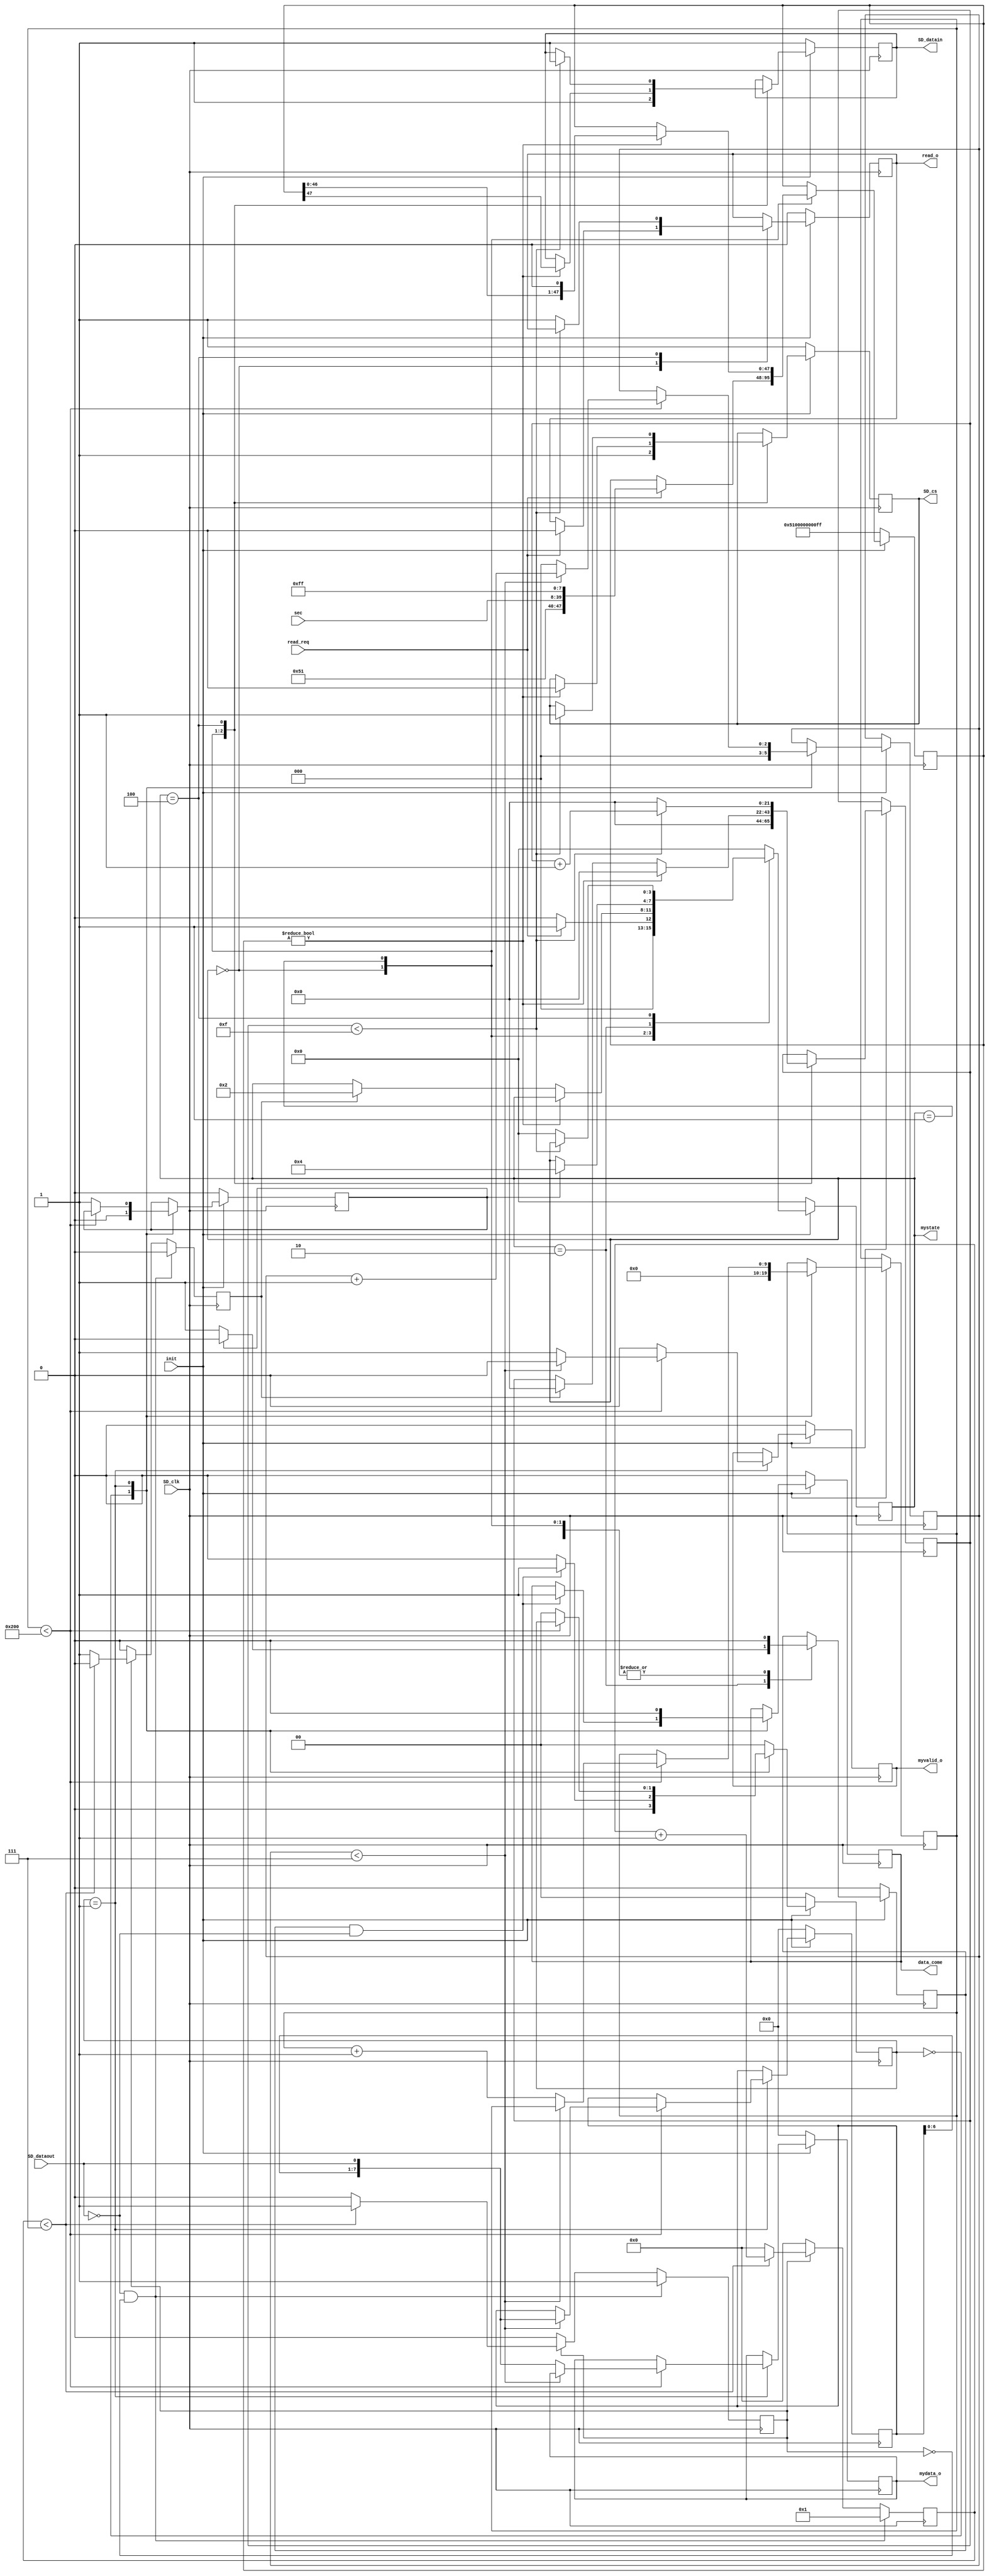
module sd_read(   input SD_clk,
						output reg SD_cs,
						output reg SD_datain,
						input  SD_dataout,
						
						input [31:0] sec,            //SDsecַ
						input read_req,
						output reg [7:0]mydata_o,
						output reg myvalid_o,
						output reg data_come,
						
						input init,
						
						output reg [3:0] mystate,
						output reg read_o
						
						
    );
	 

reg [7:0] rx;
reg en;
reg rx_valid;
reg [5:0] aa;	 
reg [21:0] cnt;

reg myen;

reg read_finish;
reg read_start;

reg [7:0] mydata;

reg [1:0] read_step;
reg [9:0] read_cnt;

reg [47:0] CMD17; //CMD17ֽ

reg [2:0] cnta,cntb;

parameter idle=4'd0;
parameter read=4'd1;
parameter read_wait=4'd2;
parameter read_data=4'd3;
parameter read_done=4'd4;
	 
always @(posedge SD_clk)
begin
	rx[0]<=SD_dataout;
	rx[7:1]<=rx[6:0];
end

//һblockӦ
always @(posedge SD_clk)
begin
	if(!SD_dataout&&!en)begin rx_valid<=1'b0; aa<=1;en<=1'b1;end      //ȴSD_dataoutΪ,SD_dataoutΪ,ʼ
   else if(en)	begin 
		if(aa<7) begin
			aa<=aa+1'b1; 
			rx_valid<=1'b0;
		end
		else begin
			aa<=0;
			en<=1'b0;
			rx_valid<=1'b1;             //8bit,rx_validźſʼЧ
		end
	end
	else begin en<=1'b0;aa<=0;rx_valid<=1'b0;end
end

//block SD
always @(negedge SD_clk)
if(!init)
	begin
		mystate<=idle;
		CMD17<={8'h51,8'h00,8'h00,8'h00,8'h00,8'hff};
		read_start<=1'b0;
		read_o<=1'b0;
		SD_cs<=1'b1;
		SD_datain<=1'b1;		
	end
else
	begin
	case(mystate)
		idle:	begin
				read_start<=1'b0;
				SD_cs<=1'b1;
				SD_datain<=1'b1;
				cnt<=22'd0;			
				if(read_req)            //ж
					begin
						mystate<=read;
						read_o<=1'b0;
						CMD17<={8'h51,sec[31:24],sec[23:16],sec[15:8],sec[7:0],8'hff};
					end
				else mystate<=idle;
		end
		read: begin                    //CMD17 (single Block Read)	
			   read_start<=1'b0;
			   if(CMD17!=48'd0) begin
					SD_cs<=1'b0;
					SD_datain<=CMD17[47];
					CMD17<={CMD17[46:0],1'b0};     //λ
					myen<=1'b0;
					cnt<=22'd0;									
				end
				else begin 
				   if(rx_valid) begin         //ȴӦź			
						cnt<=0;
						mystate<=read_wait;
					end
				end
		end
		read_wait: begin             //ȴݵʼλ,͵ƽ
		     if(read_finish)  begin
			     mystate<=read_done;
				  read_start<=1'b0;
			  end
			  else
			     read_start<=1'b1;				  
		end	
		read_done: begin               //512ֽ
			  read_start<=1'b0;
				if(cnt<22'd15) begin
					 SD_cs<=1'b1;
					 SD_datain<=1'b1;
					 cnt<=cnt+1'b1;
				 end
				 else begin 
				    cnt<=0;
					 mystate<=idle;
					 read_o<=1'b1;
				end
		end
		default:mystate<=0;
		endcase		
	end

//SD	
always @(posedge SD_clk)
begin
	if(!init)begin
		myvalid_o<=1'b0;
		mydata_o<=0;
		mydata<=0;
		read_step<=2'b00;
		read_finish<=1'b0;
		data_come<=1'b0;
	end
	else begin
		case (read_step) 
		2'b00: begin
			cntb<=0;
			read_cnt<=0;
			read_finish<=1'b0;
		   if((read_start==1'b1)&(!SD_dataout)) begin     //յݿʼź
				  read_step<=2'b01;
				  data_come<=1'b1;
			end	  
			else 
				  read_step<=2'b00;
		end
		2'b01: begin             //512bytes
			if(read_cnt<512)	begin
			   if(cntb<7)	begin
				      myvalid_o<=1'b0;
					   mydata<={mydata[6:0],SD_dataout};
					   cntb<=cntb+1'b1;
						data_come<=1'b0;
				 end
				 else begin
						myvalid_o<=1'b1;            //һbyteЧ
						mydata_o<={mydata[6:0],SD_dataout};
						cntb<=0;
						read_cnt<=read_cnt+1'b1;
						data_come<=1'b0;
				  end
			 end
			 else begin 
				   read_finish<=1'b1;
					read_step<=2'b00;
					myvalid_o<=1'b0;
					data_come<=1'b0;
			 end
		end
		default:read_step<=2'b00;
		endcase	
    end
end	 

endmodule